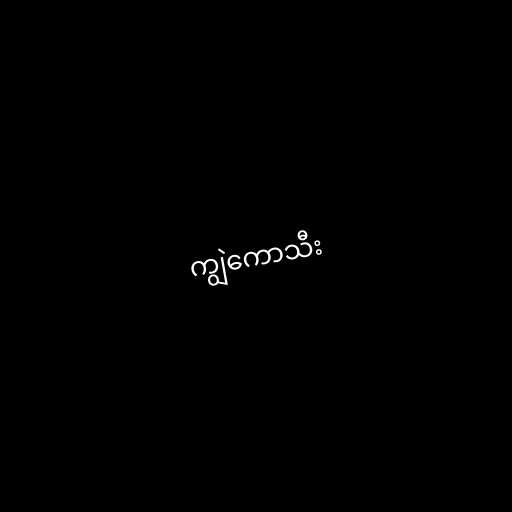
ကျွဲကောသီး